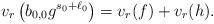
LaTeX: \begin{align*}v_r\left(b_{0,0}g^{s_0+\ell_0}\right)=v_r(f)+v_r(h).\end{align*}